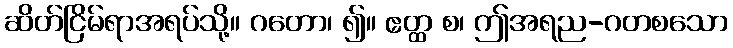
ဆိတ်ငြိမ်ရာအရပ်သို့။ ဂတော၊ ၍။ ဧတ္ထ စ၊ ဤအရည-ဂတစသော